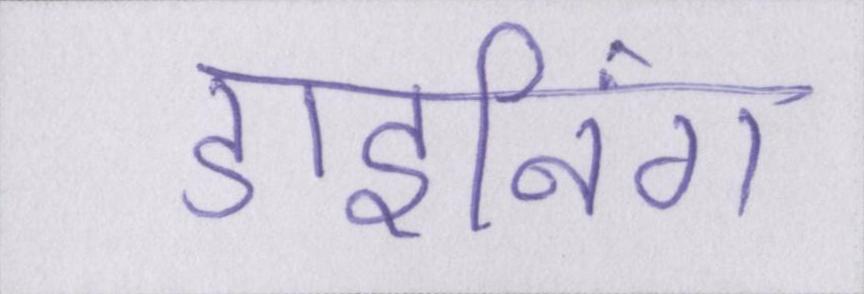
डाइनिंग